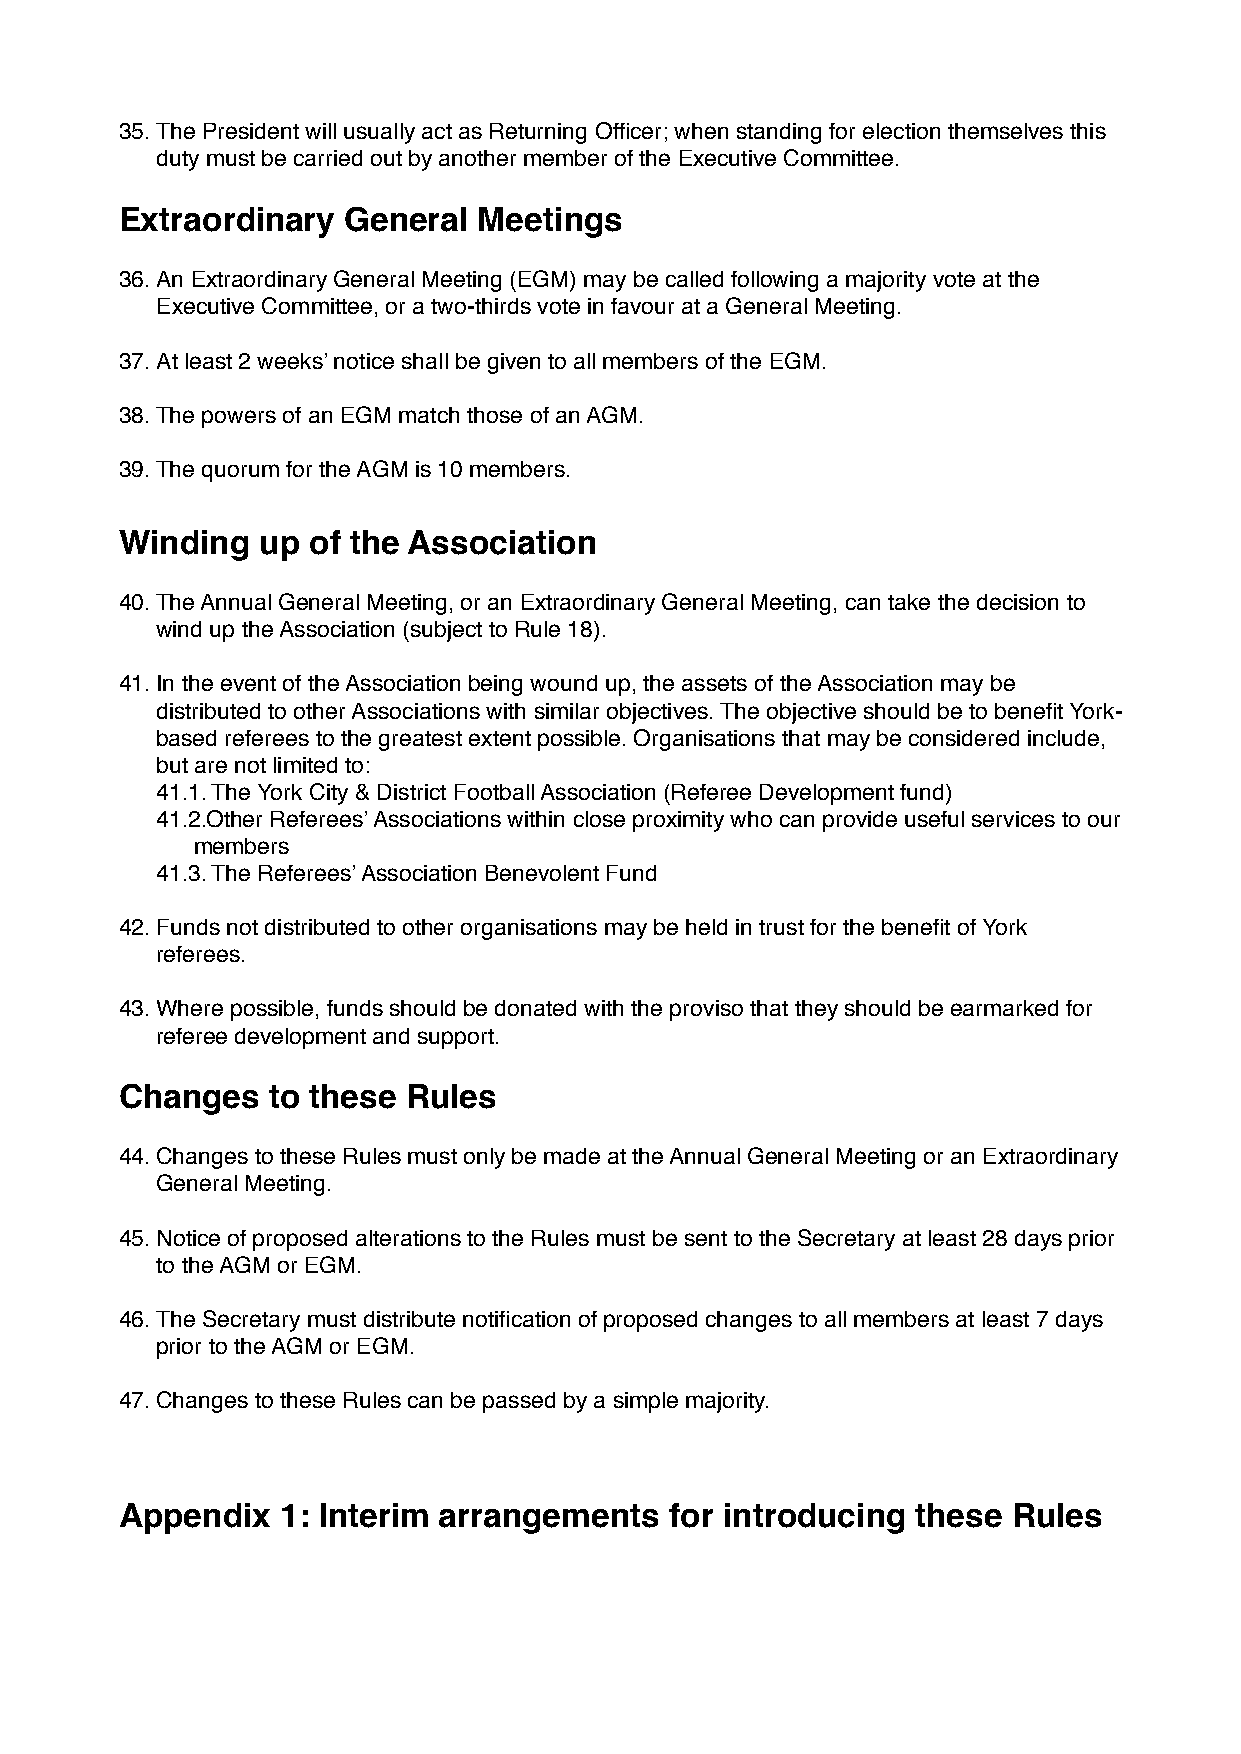
35.The President will usually act as Returning Officer; when standing for election themselves this
 duty must be carried out by another member of the Executive Committee.
 Extraordinary  General  Meetings
 36.An Extraordinary General Meeting (EGM) may be called following a majority vote at the
 Executive Committee, or a two-thirds vote in favour at a General Meeting.
 37.At least 2 weeks’ notice shall be given to all members of the EGM.
 38.The powers of an EGM match those of an AGM.
 39.The quorum for the AGM is 10 members.
 Winding  up of the Association
 40.The Annual General Meeting, or an Extraordinary General Meeting, can take the decision to
 wind up the Association (subject to Rule 18).
 41.In the event of the Association being wound up, the assets of the Association may be
 distributed to other Associations with similar objectives. The objective should be to benefit York-
 based referees to the greatest extent possible. Organisations that may be considered include,
 but are not limited to:
 41.1. The York City & District Football Association (Referee Development fund)
 41.2.Other Referees’ Associations within close proximity who can provide useful services to our
 members
 41.3. The Referees’ Association Benevolent Fund
 42.Funds not distributed to other organisations may be held in trust for the benefit of York
 referees.
 43.Where possible, funds should be donated with the proviso that they should be earmarked for
 referee development and support.
 Changes   to these Rules
 44.Changes to these Rules must only be made at the Annual General Meeting or an Extraordinary
 General Meeting.
 45.Notice of proposed alterations to the Rules must be sent to the Secretary at least 28 days prior
 to the AGM or EGM.
 46.The Secretary must distribute notification of proposed changes to all members at least 7 days
 prior to the AGM or EGM.
 47.Changes to these Rules can be passed by a simple majority.
 Appendix   1: Interim arrangements  for introducing  these Rules